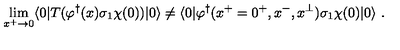
\lim _ { x ^ { + } \rightarrow 0 } \langle 0 | T ( \varphi ^ { \dagger } ( x ) \sigma _ { 1 } \chi ( 0 ) ) | 0 \rangle \neq \langle 0 | \varphi ^ { \dagger } ( x ^ { + } = 0 ^ { + } , x ^ { - } , x ^ { \perp } ) \sigma _ { 1 } \chi ( 0 ) | 0 \rangle \ .